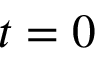
t = 0